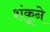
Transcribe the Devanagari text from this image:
शंकूने